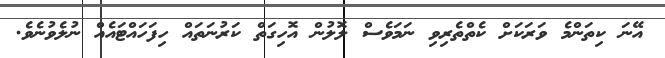
އޭނަ ކިތަންމެ ވަރަކަށް ކެތްތެރިވި ނަމަވެސް ލޮލުން އޮހިގަތް ކަރުނަތައް ހިފަހައްޓައެއް ނުލެވުނެވެ.